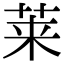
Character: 莱